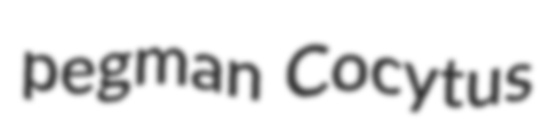
pegman Cocytus